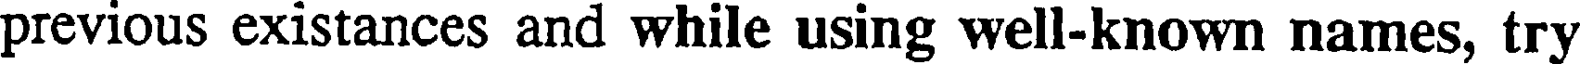
previous existances and while using well-known names, try